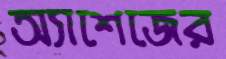
অ্যাশেজের